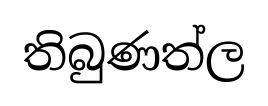
තිබුණත්ල